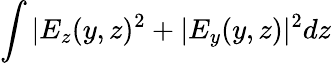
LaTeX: \int{|E_{z}(y,z)^{2}+|E_{y}(y,z)|^{2}}dz